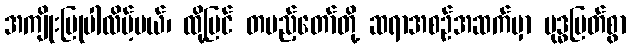
အကျိုးပြုပါလိမ့်မယ်၊ ထို့ပြင် တပည့်တော်တို့ ဆရာအစဉ်အဆက်မှာ ဗုဒ္ဓမြတ်စွာ